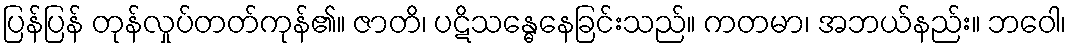
ပြန်ပြန် တုန်လှုပ်တတ်ကုန်၏။ ဇာတိ၊ ပဋိသန္ဓေနေခြင်းသည်။ ကတမာ၊ အဘယ်နည်း။ ဘဝေါ၊